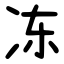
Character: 冻